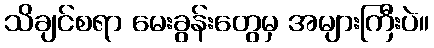
သိချင်စရာ မေးခွန်းတွေမှ အများကြီးပဲ။